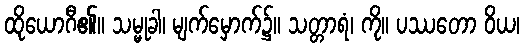
ထိုယောဂီ၏။ သမ္မုခါ၊ မျက်မှောက်၌။ သတ္တာရံ၊ ကို။ ပဿတော ဝိယ၊